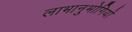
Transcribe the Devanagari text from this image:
लाभानुभोगियों